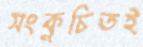
সংকুচিতই